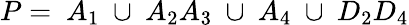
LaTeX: P=~A_{1}~\cup~A_{2}A_{3}~\cup~A_{4}~\cup~D_{2}D_{4}